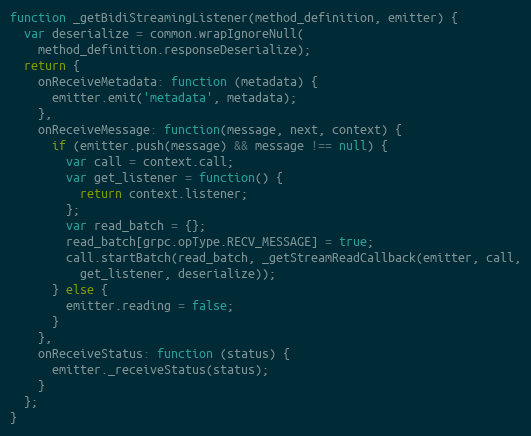
Language: JavaScript
function _getBidiStreamingListener(method_definition, emitter) {
  var deserialize = common.wrapIgnoreNull(
    method_definition.responseDeserialize);
  return {
    onReceiveMetadata: function (metadata) {
      emitter.emit('metadata', metadata);
    },
    onReceiveMessage: function(message, next, context) {
      if (emitter.push(message) && message !== null) {
        var call = context.call;
        var get_listener = function() {
          return context.listener;
        };
        var read_batch = {};
        read_batch[grpc.opType.RECV_MESSAGE] = true;
        call.startBatch(read_batch, _getStreamReadCallback(emitter, call,
          get_listener, deserialize));
      } else {
        emitter.reading = false;
      }
    },
    onReceiveStatus: function (status) {
      emitter._receiveStatus(status);
    }
  };
}